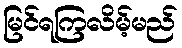
မြင်ရကြလိမ့်မည်